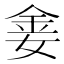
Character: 𫒈